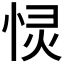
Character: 𭝋